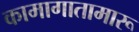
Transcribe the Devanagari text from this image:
कामागातामारू